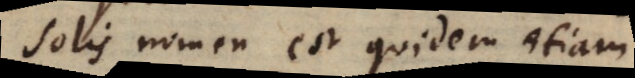
Solis nomen est quidem etiam